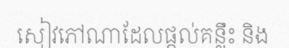
សៀវភៅណាដែលផ្តល់គន្លឹះ និង